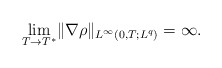
\begin{align*}\underset{T \rightarrow T^*}{\lim}\|\nabla \rho\|_{L^\infty(0,T;L^q)}=\infty.\end{align*}